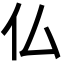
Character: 仏